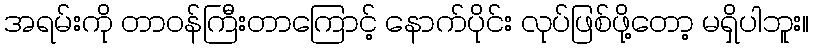
အရမ်းကို တာဝန်ကြီးတာကြောင့် နောက်ပိုင်း လုပ်ဖြစ်ဖို့တော့ မရှိပါဘူး။